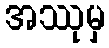
အဿုမှ